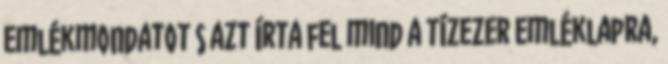
emlékmondatot s azt írta fel mind a tízezer emléklapra,